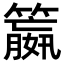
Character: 𮆝